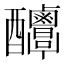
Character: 𨤌